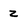
Character: z